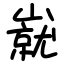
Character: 㠇